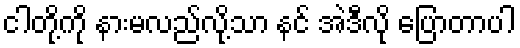
ငါတို့ကို နားမလည်လို့သာ နင် အဲဒီလို ပြောတာပါ